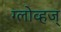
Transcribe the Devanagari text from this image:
ग्लोव्हज्